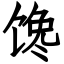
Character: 馋